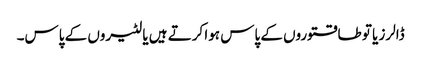
ڈالرز یا تو طاقتوروں کے پاس ہوا کرتے ہیں یا لٹیروں کے پاس۔